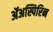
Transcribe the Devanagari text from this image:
ॲअस्पिरिन